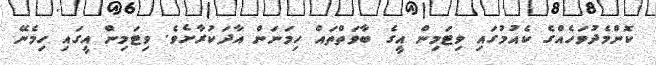
ކޮންމެދުވަހެއްގެ ކެއުމުގައި ވިޓަމިން އީގެ ބާވަތްތައް ހިމަނަން އާދަކުރާށެވެ. ވިޓަމިން އީގައި ހިމެނޭ